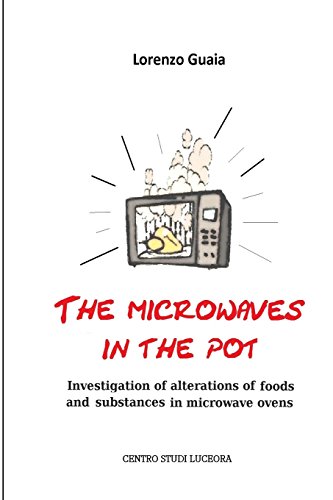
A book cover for the microwaves in the pot: Investigation of alterations of foods and substances in the microwave ovens; mr Lorenzo Guaia . .; Cookbooks, Food & Wine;